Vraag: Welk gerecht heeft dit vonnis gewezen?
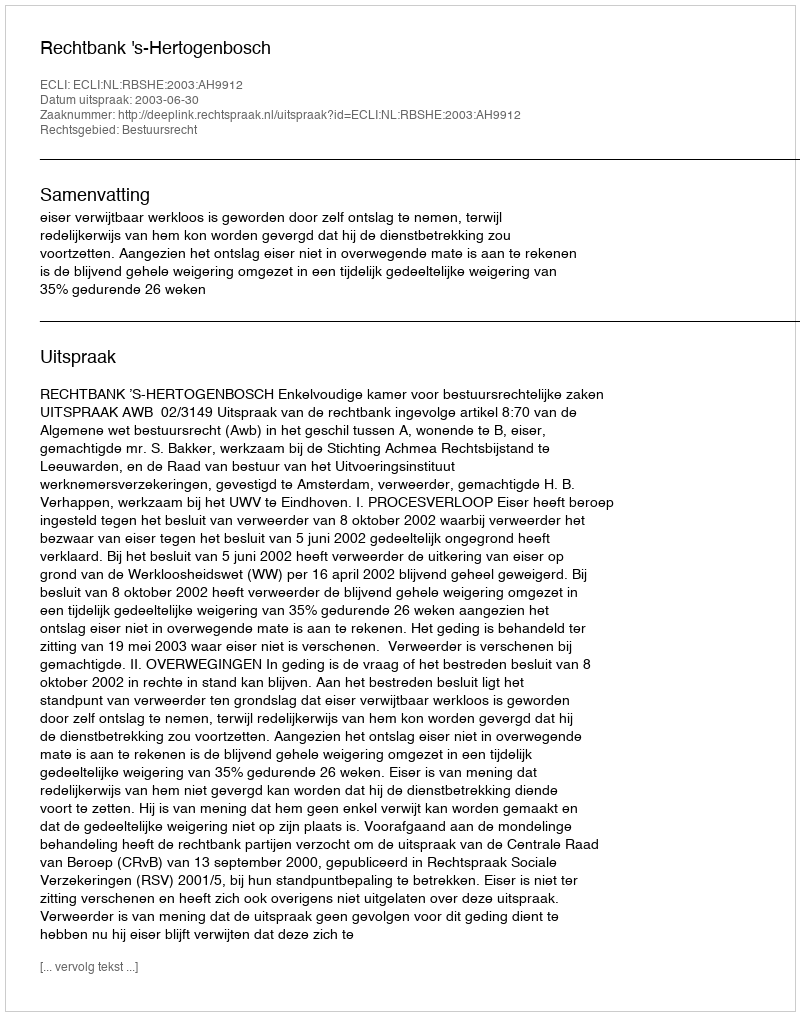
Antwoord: Rechtbank 's-Hertogenbosch